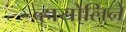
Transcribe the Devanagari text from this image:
व्हायोलिने